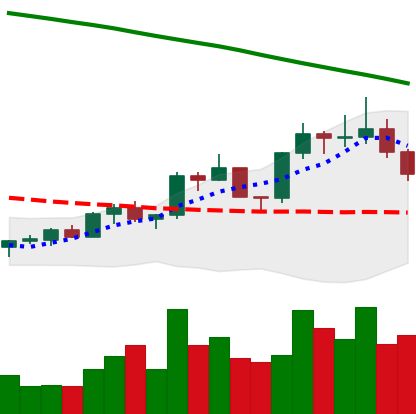
Ticker: EOS-USD
Chart end date: 2022-08-02
Forward return: 3.538%
Label: up_3_5